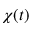
\chi ( t )